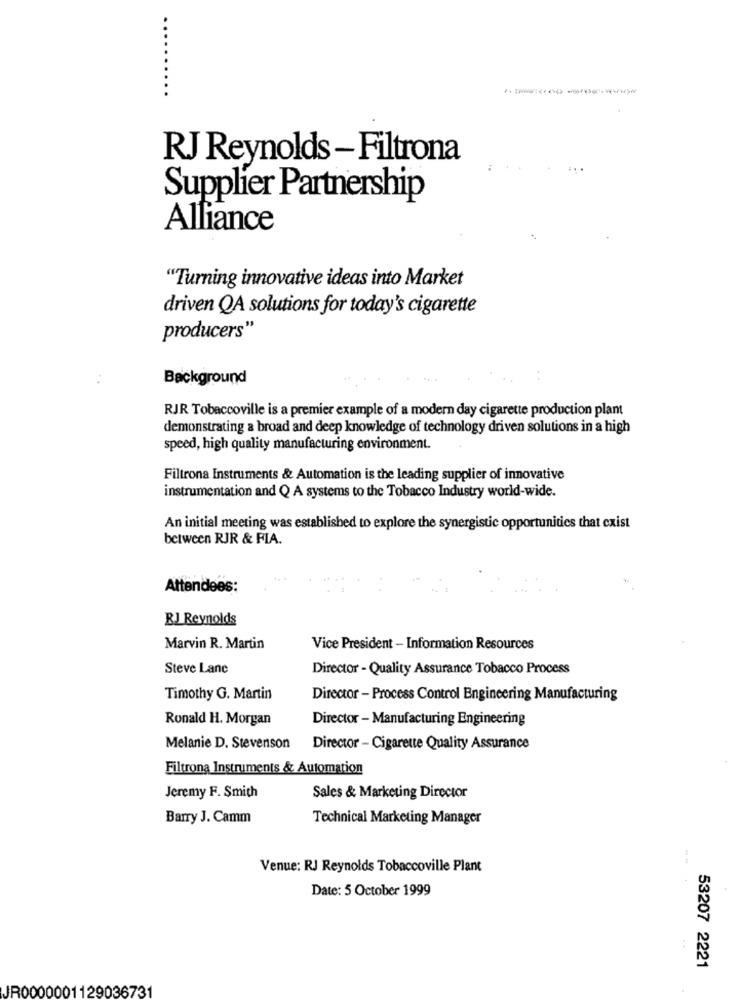
RJ Reynolds -Filtrona
Supplier Partnership
Alliance
"Turning innovative ideas into Market
driven QA solutions for today's cigarette
producers"
..
Background
RJR Tobaccoville is a premier example of a modern day cigarette production plant
demonstrating a broad and deep knowledge of technology driven solutions in a high
speed, high quality manufacturing environment.
Filtrona Instruments & Automation is the leading supplier of innovative
instrumentation and Q A systems to the Tobacco Industry world-wide.
An initial meeting was established to explore the synergistic opportunities that cxist
between RJR & FIA.
Attendees:
RJ Reynolds
Marvin R. Martin
Vice President - Information Resources
Steve Lane
Director - Quality Assurance Tobacco Process
Timothy G. Martin
Director - Process Control Engineering Manufacturing
Ronald H. Morgan
Director - Manufacturing Engineering
Melanie D. Stevenson
Director - Cigarette Quality Assurance
Filtrona Instruments & Automation
Jeremy F. Smith
Sales & Marketing Director
Barry J. Camm
Technical Marketing Manager
Venue: RJ Reynolds Tobaccoville Plant
Date: 5 October 1999
53207 2221
JR0000001129036731